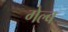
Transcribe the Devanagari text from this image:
गेल्ब